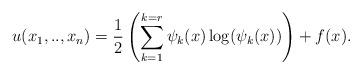
LaTeX: \begin{align*}u(x_{1},..,x_{n}) = \frac{1}{2}\left(\sum_{k=1}^{k=r}\psi_{k}(x)\log (\psi_{k}(x))\right)+f(x).\end{align*}